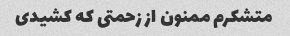
متشکرم ممنون از زحمتی که کشیدی